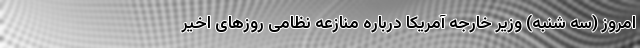
امروز (سه شنبه) وزیر خارجه آمریکا درباره منازعه نظامی روزهای اخیر